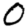
Digit: 0